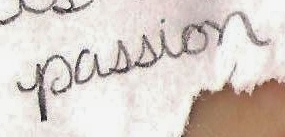
passion